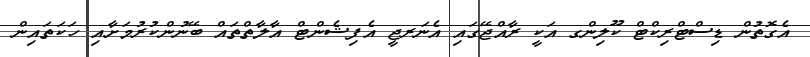
އެގޮތުން ޑިސްޓްރިކްޓް ކޫލިންގ އަކީ ރާއްޖޭގައި އެނަރޖީ އެފިޝެންޓް އާލާތްތައް ބޭނުންކުރުމަށާއި ހަކަތައިން